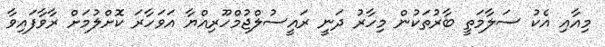
މިއާއި އެކު ސަލާމަތީ ބާރުތަކުން މިހާރު ދަނީ ރައީސުލްޖުމްހޫރިއްޔާ އަވަހާރަ ކޮށްލުމަށް ރާވާފައިވާ